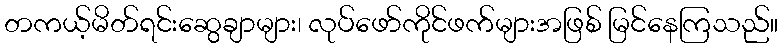
တကယ့်မိတ်ရင်းဆွေချာများ၊ လုပ်ဖော်ကိုင်ဖက်များအဖြစ် မြင်နေကြသည်။